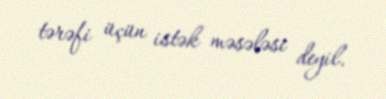
tərəfi üçün istək məsələsi deyil.